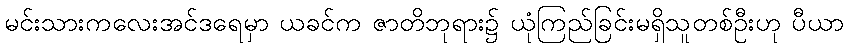
မင်းသားကလေးအင်ဒရေမှာ ယခင်က ဇာတိဘုရား၌ ယုံကြည်ခြင်းမရှိသူတစ်ဦးဟု ပီယာ